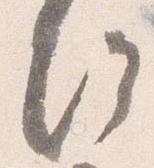
給